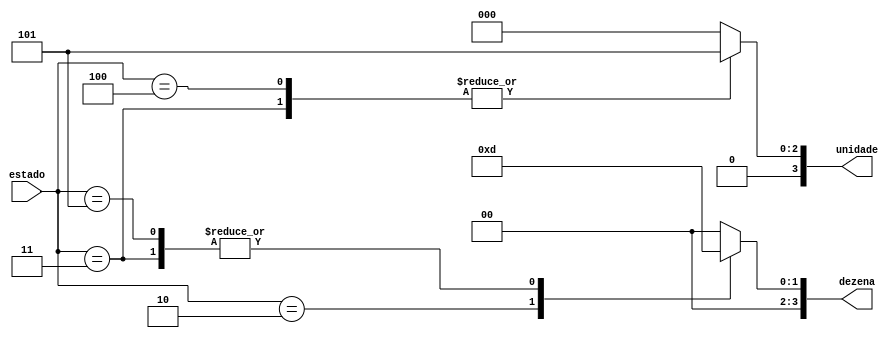
module mux_estado(
    input wire [2:0] estado,    // Entrada de estado de 3 bits
    output reg [3:0] dezena,    // Sada de 4 bits para dezenas
    output reg [3:0] unidade    // Sada de 4 bits para unidades
);

    always @*
    begin
        case (estado)
            3'b010: begin // ESTADO_GOTEJANDO
                dezena <= 4'b0011;
                unidade <= 4'b0000;
            end
            3'b011: begin // ESTADO_ASPERSAO
                dezena <= 4'b0001;
                unidade <= 4'b0101;
            end
            3'b100: begin // ESTADO_LIMPEZA
                dezena <= 4'b0000;
                unidade <= 4'b0101;
            end
            3'b101: begin // ESTADO_ENCHENDO
                dezena <= 4'b0001;
                unidade <= 4'b0000;
            end
            default: begin // Estado padro caso no corresponda a nenhum dos estados especificados
                dezena <= 4'b0000;
                unidade <= 4'b0000;
            end
        endcase
    end

endmodule